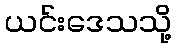
ယင်းဒေသသို့